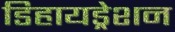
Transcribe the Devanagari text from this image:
डिहायड्रेशन